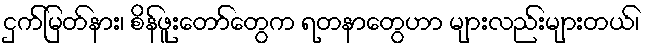
ငှက်မြတ်နား၊ စိန်ဖူးတော်တွေက ရတနာတွေဟာ များလည်းများတယ်၊